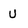
Character: U